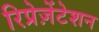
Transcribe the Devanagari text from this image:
रिप्रेज़ेंटेशन